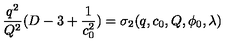
{ \frac { q ^ { 2 } } { Q ^ { 2 } } } ( D - 3 + { \frac { 1 } { c _ { 0 } ^ { 2 } } } ) = \sigma _ { 2 } ( q , c _ { 0 } , Q , \phi _ { 0 } , \lambda )